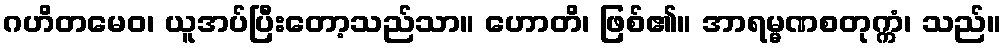
ဂဟိတမေဝ၊ ယူအပ်ပြီးတော့သည်သာ။ ဟောတိ၊ ဖြစ်၏။ အာရမ္မဏစတုက္ကံ၊ သည်။